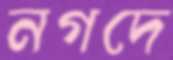
নগদে